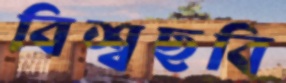
বিশ্বছবি